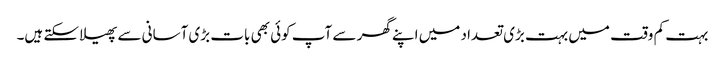
بہت کم وقت میں بہت بڑی تعداد میں اپنے گھر سے آپ کوئی بھی بات بڑی آسانی سے پھیلا سکتے ہیں۔